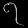
Digit: ၇